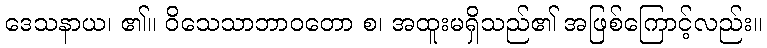
ဒေသနာယ၊ ၏။ ဝိသေသာဘာဝတော စ၊ အထူးမရှိသည်၏ အဖြစ်ကြောင့်လည်း။